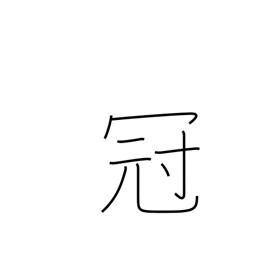
Meaning: best